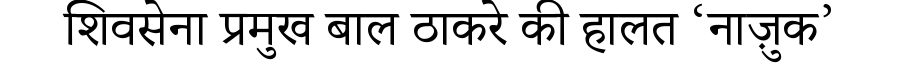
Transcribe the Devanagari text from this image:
शिवसेना प्रमुख बाल ठाकरे की हालत ‘नाज़ुक’